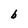
Character: 6